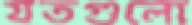
যতগুলো